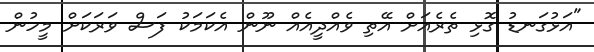
"އަޅުގަނޑު ގޮޅި ތެރެއަށް އޭތި ވެެއްދީއެއް ނޫން އެކަމަކު ފަސް ވަރަކަށް މީހުން